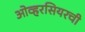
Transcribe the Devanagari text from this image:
ओव्हरसियरची